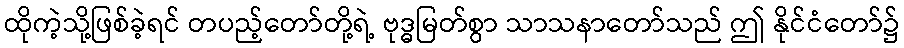
ထိုကဲ့သို့ဖြစ်ခဲ့ရင် တပည့်တော်တို့ရဲ့ ဗုဒ္ဓမြတ်စွာ သာသနာတော်သည် ဤ နိုင်ငံတော်၌